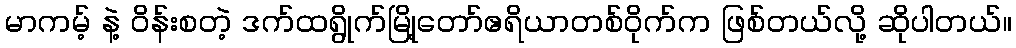
မာကမ့် နဲ့ ဝိန်းစတဲ့ ဒက်ထရွိုက်မြို့တော်ဧရိယာတစ်ဝိုက်က ဖြစ်တယ်လို့ ဆိုပါတယ်။